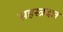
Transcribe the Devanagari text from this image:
सहस्त्रदल